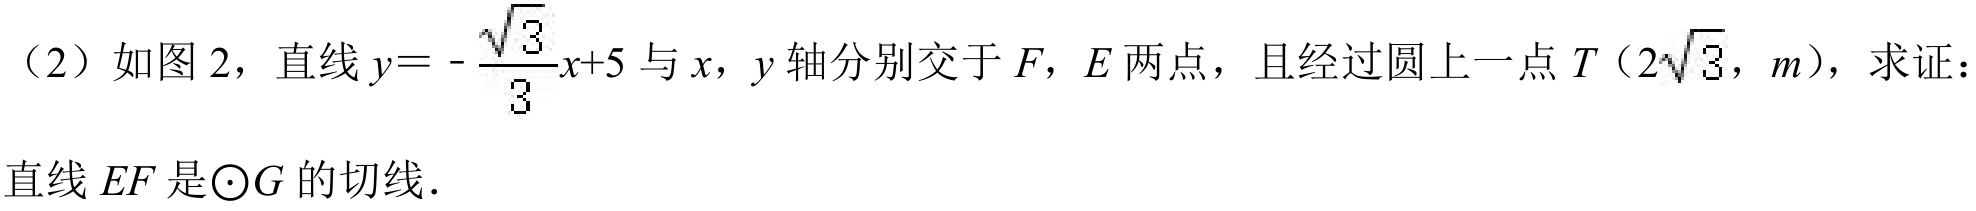
（2）如图 2，直线 \(y = -\dfrac{\sqrt{3}}{3}x + 5\) 与 \(x\)，\(y\) 轴分别交于 \(F\)，\(E\) 两点，且经过圆上一点 \(T(2\sqrt{3},m)\)，求证：
直线 \(EF\) 是\(\odot G\) 的切线.